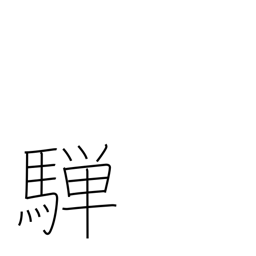
Meaning: dappled grey horse